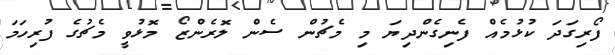
ފޯރިގަދަ ކުޅުމެއް ފެނިގެންދިޔަ މި މެޗުން ސެން ލޮރެންޒޯ މޮޅުވީ މެޗުގެ ފުރިހަމަ